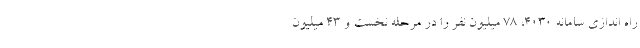
راه اندازی سامانه ۴۰۳۰، ۷۸ میلیون نفر را در مرحله نخست و ۴۳ میلیون